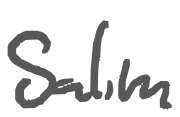
Text: Salim
Cross-out: clean
Writing tool: digital_gray